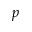
p